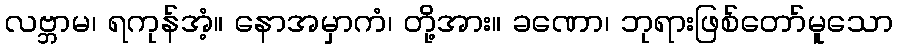
လဗ္ဘာမ၊ ရကုန်အံ့။ နောအမှာကံ၊ တို့အား။ ခဏော၊ ဘုရားဖြစ်တော်မူသော